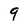
Character: 9